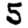
Digit: 5